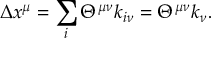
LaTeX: \Delta x ^ { \mu } = \sum _ { i } \Theta ^ { \mu \nu } k _ { i \nu } = \Theta ^ { \mu \nu } k _ { \nu } .